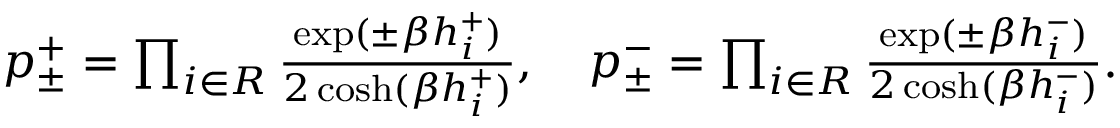
\begin{array} { r } { p _ { \pm } ^ { + } = \prod _ { i \in { \cal R } } \frac { \exp ( \pm \beta h _ { i } ^ { + } ) } { 2 \cosh ( \beta h _ { i } ^ { + } ) } , ~ ~ ~ p _ { \pm } ^ { - } = \prod _ { i \in { \cal R } } \frac { \exp ( \pm \beta h _ { i } ^ { - } ) } { 2 \cosh ( \beta h _ { i } ^ { - } ) } . } \end{array}